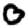
Digit: 0